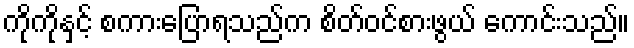
ကိုကိုနှင့် စကားပြောရသည်က စိတ်ဝင်စားဖွယ် ကောင်းသည်။